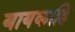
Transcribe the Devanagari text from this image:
बायकाहि